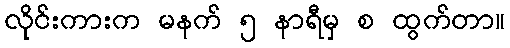
လိုင်းကားက မနက် ၅ နာရီမှ စ ထွက်တာ။